Distribution and causation of leprosy in British India
Year: 1875
Disease focus: Leprosy
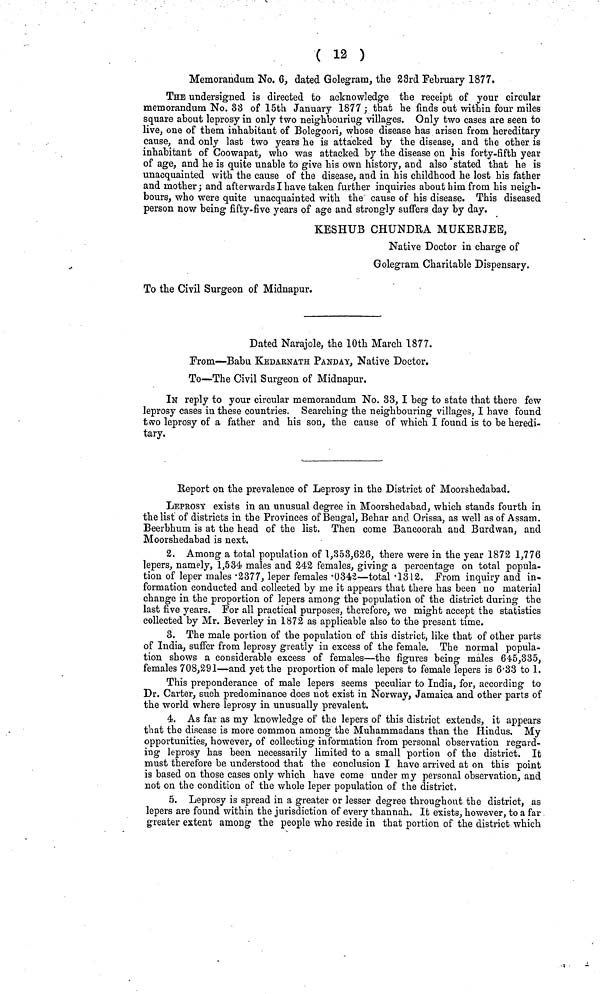
( 12 )
Memorandum No. 6, dated Golegram, the 23rd February 1877,
THE undersigned is directed to acknowledge the receipt of your circular
memorandum No. 33 of 15th January 1877; that he finds out within four miles
square about leprosy in only two neighbouriug villages. Only two cases are seen to
live, one of them inhabitant of Bolegoori, whose disease has arisen from hereditary
cause, and only last two years he is attacked by the disease, and the other is
inhabitant of Coowapat, who was attacked by the disease on his forty-fifth year
of age, and he is quite unable to give his own history, and also stated that he is
unacquainted with the cause of the disease, and in his childhood he lost his father
and mother ; and afterwards I have taken further inquiries about him from his neigh-
bours, who were quite unacquainted with the cause of his disease. This diseased
person now being fifty-five years of age and strongly suffers day by day.
KESHUB CHUNDRA MUKERJEE,
Native Doctor in charge of
Golegram Charitable Dispensary.
To the Civil Surgeon of Midnapur.
Dated Narajole, the 10th March 1877.
From—Babu KEDARNATH PANDAY, Native Doctor.
To—The Civil Surgeon of Midnapur.
IN reply to your circular memorandum No. 33, I beg to state that there few
leprosy cases in these countries. Searching the neighbouring villages, I have found
two leprosy of a father and his son, the cause of which I found is to be heredi-
tary.
Report on the prevalence of Leprosy in the District of Moorshedabad.
LEPROSY exists in an unusual degree in Moorshedabad, which stands fourth in
the list of districts in the Provinces of Bengal, Behar and Orissa, as well as of Assam.
Beerbhum is at the head of the list. Then come Bancoorah and Burdwan, and
Moorshedabad is next.
2. Among a total population of 1,353,626, there were in the year 1872 1,776
lepers, namely, 1,534 males and 242 females, giving a percentage on total popula-
tion of leper males ·2377, leper females ·0342—total·'1312. From inquiry and in-
formation conducted and collected by me it appears that there has been no material
change in the proportion of lepers among the population of the district during the
last five years. For all practical purposes, therefore, we might accept the statistics
collected by Mr. Beverley in 1872 as applicable also to the present time.
3. The male portion of the population of this district, like that of other parts
of India, suffer from leprosy greatly in excess of the female. The normal popula-
tion shows a considerable excess of females—the figures being males 645,335,
females 708,291—and yet the proportion of male lepers to female lepers is 6·33 to 1.
This preponderance of male lepers seems peculiar to India, for, according to
Dr. Carter, such predominance does not exist in Norway, Jamaica and other parts of
the world where leprosy in unusually prevalent.
4. As far as my knowledge of the lepers of this district extends, it appears
that the disease is more common among the Muhammadans than the Hindus. My
opportunities, however, of collecting information from personal observation regard-
ing leprosy has been necessarily limited to a small portion of the district. It
must therefore be understood that the conclusion I have arrived at on this point
is based on those cases only which have come under my personal observation, and
not on the condition of the whole leper population of the district.
5. Leprosy is spread in a greater or lesser degree throughout the district, as
lepers are found within the jurisdiction of every thannah. It exists, however, to a far
greater extent among the people who reside in that portion of the district which